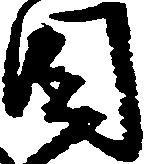
目